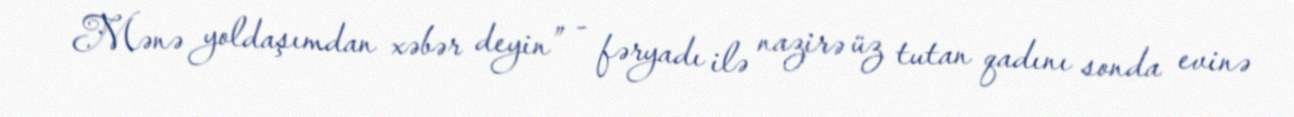
Mənə yoldaşımdan xəbər deyin” - fəryadı ilə nazirə üz tutan qadını sonda evinə